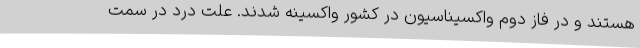
هستند و در فاز دوم واکسیناسیون در کشور واکسینه شدند. علت درد در سمت